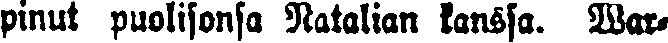
pinut puolisonsa Natalian kanssa. War-